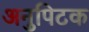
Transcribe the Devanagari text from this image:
अनुपिटक